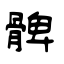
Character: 髀